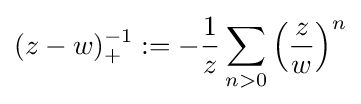
(z-w)_{+}^{-1}:=-{\frac {1}{z}}\sum _{n>0}\left({\frac {z}{w}}\right)^{n}